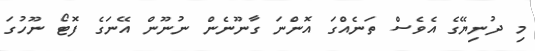
މި ދުނިޔޭގެ އެވެސް ތަނެއްގަ އޮންނަ ގާނޫނެން ނުނޫން އޭނަގެ ފޮޓޯ ނޫހުގަ